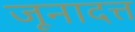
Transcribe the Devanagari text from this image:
जूनादत्त